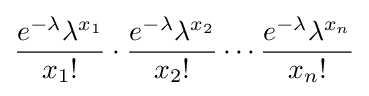
{e^{-\lambda }\lambda ^{x_{1}} \over x_{1}!}\cdot {e^{-\lambda }\lambda ^{x_{2}} \over x_{2}!}\cdots {e^{-\lambda }\lambda ^{x_{n}} \over x_{n}!}